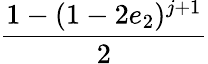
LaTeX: \displaystyle\frac{1-(1-2e_{2})^{j+1}}{2}